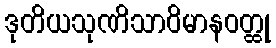
ဒုတိယသုဏိသာဝိမာနဝတ္ထု